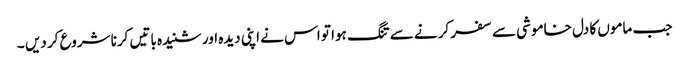
جب ماموں کا دل خاموشی سے سفر کرنے سے تنگ ہوا تو اس نے اپنی دیدہ اور شنیدہ باتیں کرنا شروع کر دیں ۔